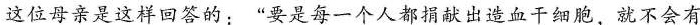
这位母亲是这样回答的：”要是每一个人都捐献出造血干细胞，就不会有